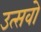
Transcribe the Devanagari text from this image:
उत्सवो